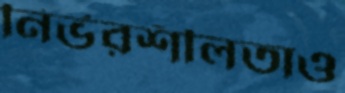
নির্ভরশীলতাও